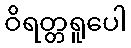
ဝိရတ္တရူပေါ